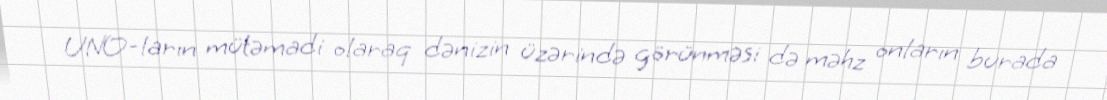
UNO-ların mütəmadi olaraq dənizin üzərində görünməsi də məhz onların burada